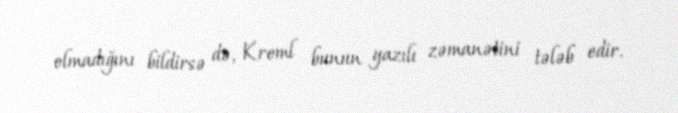
olmadığını bildirsə də, Kreml bunun yazılı zəmanətini tələb edir.